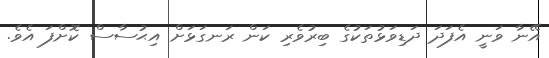
އޭނާ ވަނީ އެފަދަ ދަޑިވަޅުތަކުގެ ބިރުވެރި ކަން ރަނގަޅަށް އިޙުސާސް ކޮށްފަ އެވެ.